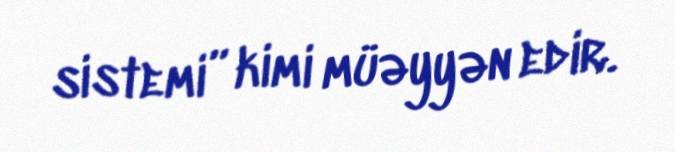
sistemi” kimi müəyyən edir.